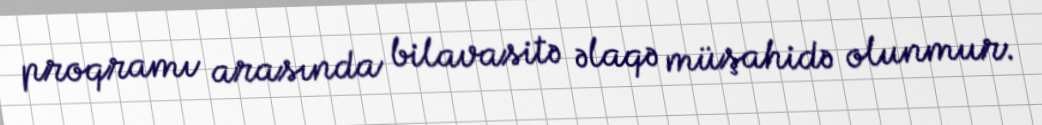
proqramı arasında bilavasitə əlaqə müşahidə olunmur.